Vital statistics of India. Vol. VI, European troops 1870-79
Year: 1870
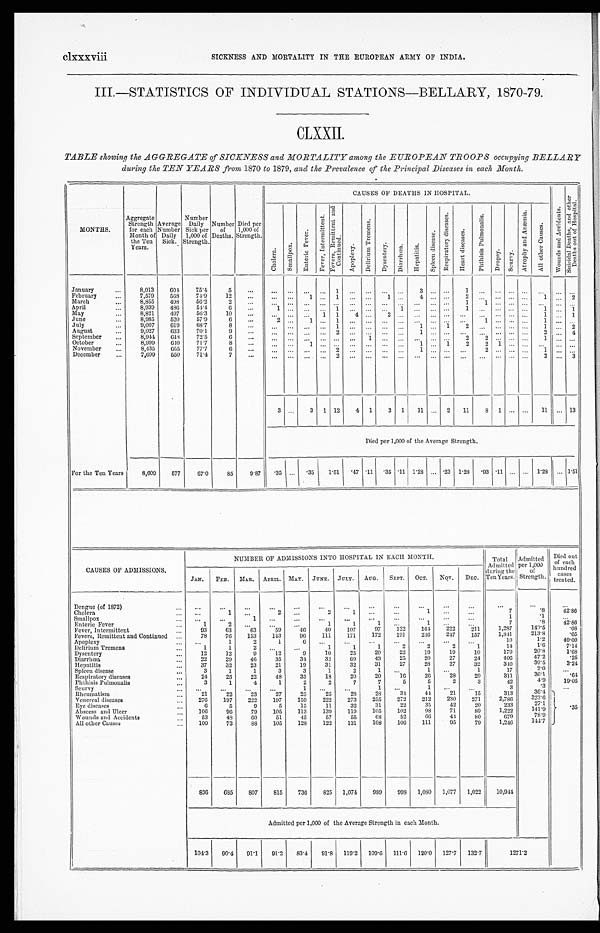
clxxxviii SICKNESS AND MORTALITY IN THE EUROPEAN ARMY OF INDIA.
III.—STATISTICS OF INDIVIDUAL STATIONS—BELLARY, 1870-79.
CLXXII.
TABLE showing the AGGREGATE of SICKNESS and MORTALITY among the EUROPEAN TROOPS occupying
BELLARY during the TEN YEARS from 1870 to 1879, and the Prevalence of the Principal Diseases in each Month.
MONTHS.
Agg r e g a t e St r e n g t h f o r e a c h Mo n t h o f t h e Te n Ye a r s .
Aver age Number Dai l y Si ck.
Nu mb e r Da i l y Si c k p e r 1 , 0 0 0 o f St r e n g t h .
Number of Deaths. Di ed per 1, 000 of St rengt h.
CAUSES OF DEATHS IN HOSPITAL.
W o u n d s a n d A c c i d e n t s .
S u i c i d a l D e a t h s , a n d o t h e r D e a t h s o u t o f H o s p i t a l .
C h o l e r a .
S ma l l p o x .
E n t e r i c F e v e r .
F e v e r , I n t e r mi t t e n t .
F e v e r s , R e m i t t e n t a n d C o n t i n u e d .
A p o p l e x y .
D e l i r i u m T r e m e n s .
D y s e n t e r y .
Di a r r h œa . H e p a t i t i s .
S p l e e n d i s e a s e .
R e s p i r a t o r y d i s e a s e s .
H e a r t d i s e a s e s .
P h t h i s i s P u l m o n a l i s .
Dr o p s y . S e u r v y .
A t r o p h y a n d A n æ m i a .
A l l o t h e r C a u s e s .
J a n u a r y
8 , 0 1 3
6 0 4
7 5 . 4
5
. . .
. . .
. . .
. . .
. . .
1
. . .
. . .
. . .
. . .
3
. . .
. . .
1
. . .
. . .
. . .
. . .
. . .
. . .
. . .
F e b r u a r y
7 , 5 7 9
5 6 8
7 4 . 9
1 2
. . .
. . .
. . .
1
. . .
1
. . .
. . .
1
. . .
4
. . .
. . .
2
. . .
. . .
. . .
. . .
1
. . .
2
M a r c h
8 , 8 5 5
4 9 8
5 6 . 2
2
. . . . . .
. . .
. . .
. . .
. . .
. . .
. . .
. . .
. . . . . .
. . .
. . .
1
1
. . .
. . .
. . .
. . .
. . . . . .
A p r i l
8 , 9 3 9
4 8 6
5 4 . 4
6
. . .
1
. . .
. . .
. . . 1
. . .
. . .
. . . 1
. . .
. . .
. . .
1
. . .
. . . . . .
. . .
1
. . .
1
M a y
8 , 8 2 1
4 9 7
5 6 . 3
1 0
. . .
. . .
. . .
. . . 1
1
4
. . .
2
. . . . . .
. . .
. . . . . .
. . .
. . .
. . .
. . .
1
. . . 1
J u n e
8 , 9 8 5
5 2 0
5 7 . 9
6
. . .
2
. . .
1
. . .
1
. . .
. . .
. . .
. . .
. . .
. . .
. . . . . .
1
. . . . . .
. . .
1
. . .
. . .
J u l y
9 , 0 0 7
6 1 9
6 8 . 7
8
. . .
. . .
. . .
. . .
. . .
1
. . .
. . .
. . .
. . .
1
. . .
1
2
. . .
. . .
. . .
. . .
1
. . .
2
A u g u s t
9 , 0 2 7
6 3 3
7 0 . 1
9
. . .
. . .
. . .
. . .
. . .
2
. . .
. . .
. . .
. . .
1
. . .
. . .
. . .
. . .
. . . . . .
. . .
2
. . .
4
S e p t e m b e r
8 , 9 4 4
6 4 8
7 2 . 5
6
. . . . . .
. . .
. . .
. . .
. . .
. . .
1
. . .
. . .
. . .
. . .
. . .
2
2
. . .
. . .
. . .
1
. . . . . .
O c t o b e r
8 , 9 9 9
6 4 0
7 1 . 7
8
. . .
. . .
. . .
1
. . .
. . . . . .
. . .
. . .
. . .
1
. . .
1
2
2
1
. . .
. . .
. . .
. . . . . .
N o v e m b e r
8 , 4 3 5
6 5 5
7 7 . 7
6
. . .
. . .
. . .
. . .
. . .
2
. . .
. . .
. . .
. . .
1
. . .
. . .
. . .
2
. . .
. . .
. . .
1
. . . . . .
D e c e m b e r
7 , 6 9 9
5 5 0
7 1 . 4
7
. . .
. . .
. . .
. . .
. . .
2
. . .
. . .
. . .
. . .
. . .
. . .
. . .
. . .
. . .
. . . . . .
. . .
2
. . .
3
3
. . .
3
1
1 2
4
1
3
1
1 1 . . .
2
1 1
8
1
. . .
. . .
1 1
. . . 1 3
D i e d p e r 1 , 0 0 0 o f t h e A v e r a g e S t r e n g t h .
For the Ten Years
8 , 6 0 9
5 7 7
6 7 . 0
8 5
9 . 8 7
. 3 5
. . .
. 3 5
1 . 5 1
. 4 7
. 1 1
. 3 5
. 1 1
1 . 2 8 . . .
. 2 3
1 . 2 8
. 9 3
. 1 1 . . .
. . .
1 . 2 8
. . .
1 . 5 1
CAUSES OF ADMISSIONS.
NUMBER OF ADMISSIONS INTO HOSPITAL IN EACH MONTH.
T o t a l A d m i t t e d d u r i n g t h e T e n Y e a r s .
Admi t t ed per 1, 000 of St r engt h.
Di ed out of each hundr ed cases t r eat ed.
JAN.
F E B .
MAR. APRIL. MAY.
JUNE.
JULY.
AUG.
SEPT.
OCT.
NOV. DEC.
Dengue (of 1872)
. . .
. . .
. . .
. . .
. . .
. . .
. . .
. . .
. . .
. . .
. . .
. . .
. . .
. . .
. . .
Cholera
. . .
1
. . .
2
. . .
2
1
. . .
. . .
1
. . .
. . .
7
. 8
4 2 . 8 6
Smallpox
. . .
. . .
1
. . .
. . .
. . .
. . .
. . .
. . .
. . .
. . .
. . .
1
. 1
. . .
Enteric Fever
1
2
. . .
. . .
. . .
1
1
1
. . .
1
. . .
. . .
7
. 8
4 2 . 8 6
Fever, Intermittent
9 3
6 3
6 3
5 9
4 6
4 0
1 0 7
9 7
1 2 2
1 6 4
2 2 2
2 1 1
1 , 2 8 7
1 4 9 . 5
. 0 8
Fevers, Remittent and Continued
7 8
7 6
1 5 3
1 4 3
9 6
1 1 1
1 7 1
1 7 2
1 9 1
2 4 6
2 4 7
1 5 7
1 , 8 4 1
2 1 3 . 8
. 6 5
Apoplexy
. . .
1
2
1
6
. . .
. . .
. . .
. . .
. . .
. . .
. . .
1 0
1 . 2
4 0 . 0 0
Delirium Tremens
1
1
2
. . .
. . .
1
1
1
2
2
2
1
1 4
1 . 6
7 . 1 4
Dysentery
1 2
1 2
9
1 2
9
1 0
2 5
2 0
2 2
1 9
1 9
1 0
1 7 9
2 0 . 8
1 . 6 8
Diarrhœa
2 2
2 9
4 6
3 5
3 4
3 2
6 9
4 3
2 5
2 0
2 7
2 4
4 0 6
4 7 . 2
. 2 5
Hepatitis
3 7
3 2
2 3
2 1
1 9
3 1
3 2
3 1
2 7
2 8
2 7
3 2
3 4 0
3 9 . 5
3 . 2 4
Spleen disease
3
1
1
3
3
1
2
1
. . .
1
. . .
1
1 7
2 . 0
. . .
Respiratory diseases
2 4
2 5
2 2
4 8
3 5
1 8
2 0
2 0
1 6
2 6
2 8
2 9
3 1 1
3 6 . 1
. 6 4
Phthisis Pulmonalis
3
1
4
1
2
2
7
7
5
5
2
3
4 2
4 . 9
1 9 . 0 5
Seurvy
. . .
. . .
. . .
. . .
1
. . .
. . .
1
. . .
1
. . .
. . .
3
. 3
. . .
Rheumatism
2 1
2 2
2 3
2 7
2 5
2 5
2 8
2 8
3 4
4 4
2 1
1 5
3 1 3
3 6 . 4
Venereal diseases
2 7 6
1 9 7
2 2 2
1 9 7
1 5 9
2 2 2
2 7 3
2 5 5
2 7 2
2 1 2
2 3 0
2 7 1
2 , 7 8 6
3 2 3 . 6
E y e d i s e a s e s
6
5
9
5
1 5
1 1
3 2
3 1
2 2
3 5
4 2
2 0
2 3 3
2 7 . 1
Abscess and Ulcer
1 0 6
9 6
7 9
1 0 5
1 1 3
1 3 9
1 1 9
1 0 5
1 0 2
9 8
7 1
8 9
1 , 2 2 2
1 4 1 . 9
. 3 5
Wounds and Accidents
5 3
4 8
6 0
5 1
4 5
5 7
5 5
6 8
5 2
6 6
4 4
8 0
6 7 9
7 8 . 9
Al l o t h e r Ca u s e s
1 0 0
7 3
8 8
1 0 5
1 2 8
1 2 2
1 3 1
1 0 8
1 0 6
1 1 1
9 5
7 9
1 , 2 4 6
1 4 4 . 7
8 3 6
6 8 5
8 0 7
8 1 5
7 3 6
8 2 5
1 , 0 7 4
9 8 9
9 9 8
1 , 0 8 0
1 , 0 7 7
1 , 0 2 2
1 0 , 9 4 4
Admitted per 1,000 of the Average Strength in each Month.
1 0 4 . 3
9 0 . 4
9 1 . 1
9 1 . 2
8 3 . 4
9 1 . 8
1 1 9 . 2
1 0 9 . 6
1 1 1 . 6
1 2 0 . 0
1 2 7 . 7
1 3 2 . 7
1 2 7 1 . 2